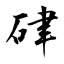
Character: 硉